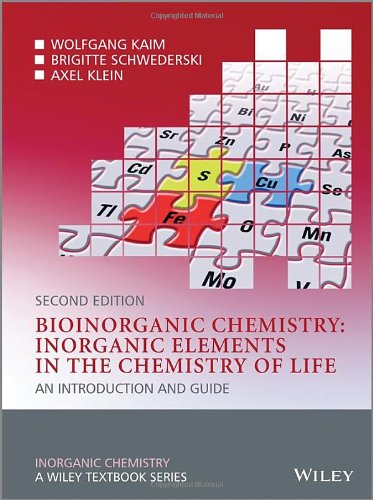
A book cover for Bioinorganic Chemistry -- Inorganic Elements in the Chemistry of Life: An Introduction and Guide; Wolfgang Kaim; Science & Math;